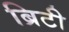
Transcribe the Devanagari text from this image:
ब्रिटी